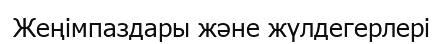
Жеңімпаздары және жүлдегерлері